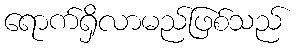
ရောက်ရှိလာမည်ဖြစ်သည်